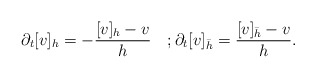
\begin{align*}\partial_t[v]_h=-\frac{[v]_h-v}{h} \quad;\partial_t[v]_{\bar{h}}=\frac{[v]_{\bar{h}}-v}{h}.\end{align*}